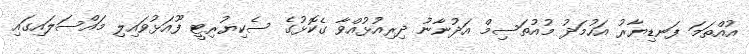
އުއްތަމަ ފަނޑިޔާރު އަހުމަދު މުއުތަސިމް އަދުނާނު ދިރިއުޅުއްވާ ގެކޮޅުގެ ސެކިޔުރިޓީ ފޫއަޅުވައިލި މައްސަލައިގައި